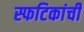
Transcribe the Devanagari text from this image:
स्फटिकांची